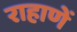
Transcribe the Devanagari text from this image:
राहाणें